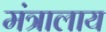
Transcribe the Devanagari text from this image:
मंत्रालाय